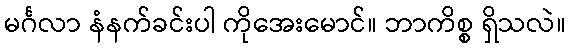
မင်္ဂလာ နံနက်ခင်းပါ ကိုအေးမောင်။ ဘာကိစ္စ ရှိသလဲ။